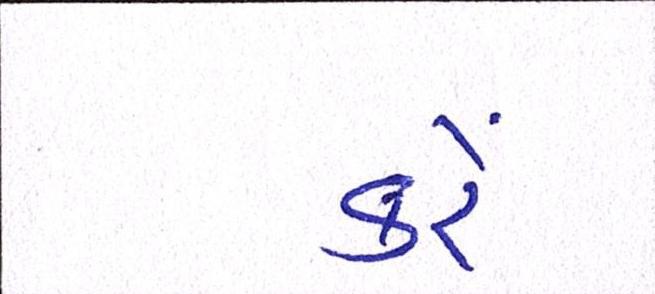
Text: કરેં